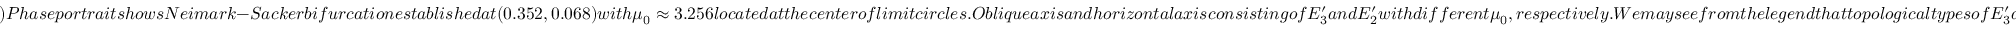
) P h a s e p o r t r a i t s h o w s N e i m a r k - S a c k e r b i f u r c a t i o n e s t a b l i s h e d a t ( 0 . 3 5 2 , 0 . 0 6 8 ) w i t h \mu _ { 0 } \approx 3 . 2 5 6 l o c a t e d a t t h e c e n t e r o f l i m i t c i r c l e s . O b l i q u e a x i s a n d h o r i z o n t a l a x i s c o n s i s t i n g o f E _ { 3 } ^ { \prime } a n d E _ { 2 } ^ { \prime } w i t h d i f f e r e n t \mu _ { 0 } , r e s p e c t i v e l y . W e m a y s e e f r o m t h e l e g e n d t h a t t o p o l o g i c a l t y p e s o f E _ { 3 } ^ { \prime } a r e m o s t l y s i n k a n d s o u r c e , w h i l e t h o s e o f E _ { 2 } ^ { \prime } a r e m o s t l y s o u r c e a n d s a d d l e . P h a s e p o r t r a i t a n d p h a s e s p a c e d i a g r a m f o r t h e p r e y h a v e s a m e x i n (